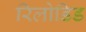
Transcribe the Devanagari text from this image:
रिलोडिड